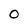
Character: 0